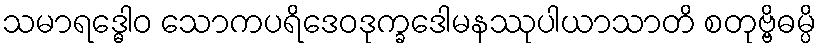
သမာရဒ္ဓေါဝ သောကပရိဒေဝဒုက္ခဒေါမနဿုပါယာသာတိ စတုဗ္ဗိဓမ္ပိ